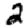
Digit: 2